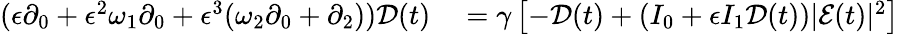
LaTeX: \begin{array}{rl}{(\epsilon\partial_{0}+\epsilon^{2}\omega_{1}\partial_{0}+\epsilon^{3}(\omega_{2}\partial_{0}+\partial_{2}))\mathcal{D}(t)}&{{}=\gamma\left[-\mathcal{D}(t)+(I_{0}+\epsilon I_{1}\mathcal{D}(t))|\mathcal{E}(t)|^{2}\right]}\end{array}